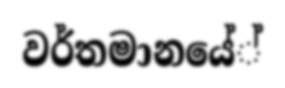
වර්තමානයේ්